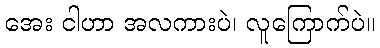
အေး ငါဟာ အလကားပဲ၊ လူကြောက်ပဲ။